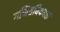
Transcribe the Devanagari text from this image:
गणितविषयक